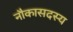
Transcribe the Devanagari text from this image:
नौकासदस्य